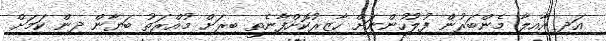
އަދި އާއިލާ މެންބަރުން ފުލުހުންނަށް ހާޒިރުކޮށްފާނެތީ ބިރަށް މުއްރަތު ބަޔާން ދިން ކަމަށް